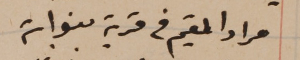
مراد المقيم في قرية بنواتى